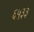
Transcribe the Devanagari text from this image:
६५३३